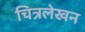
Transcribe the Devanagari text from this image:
चित्रलेखन